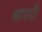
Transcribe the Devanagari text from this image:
बांसरी